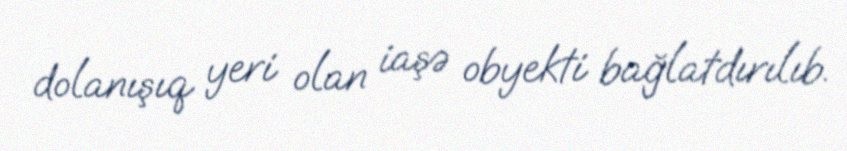
dolanışıq yeri olan iaşə obyekti bağlatdırılıb.